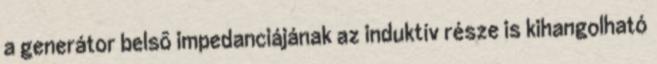
a generátor belsõ impedanciájának az induktív része is kihangolható